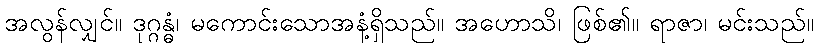
အလွန်လျှင်။ ဒုဂ္ဂန္ဓံ၊ မကောင်းသောအနံ့ရှိသည်။ အဟောသိ၊ ဖြစ်၏။ ရာဇာ၊ မင်းသည်။